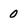
Character: 0